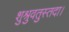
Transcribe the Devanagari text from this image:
शुश्रुवतुस्तदा।